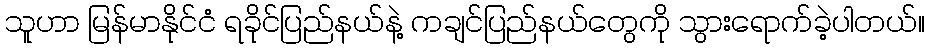
သူဟာ မြန်မာနိုင်ငံ ရခိုင်ပြည်နယ်နဲ့ ကချင်ပြည်နယ်တွေကို သွားရောက်ခဲ့ပါတယ်။